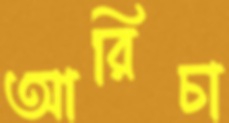
আরিচা